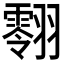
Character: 𮋔